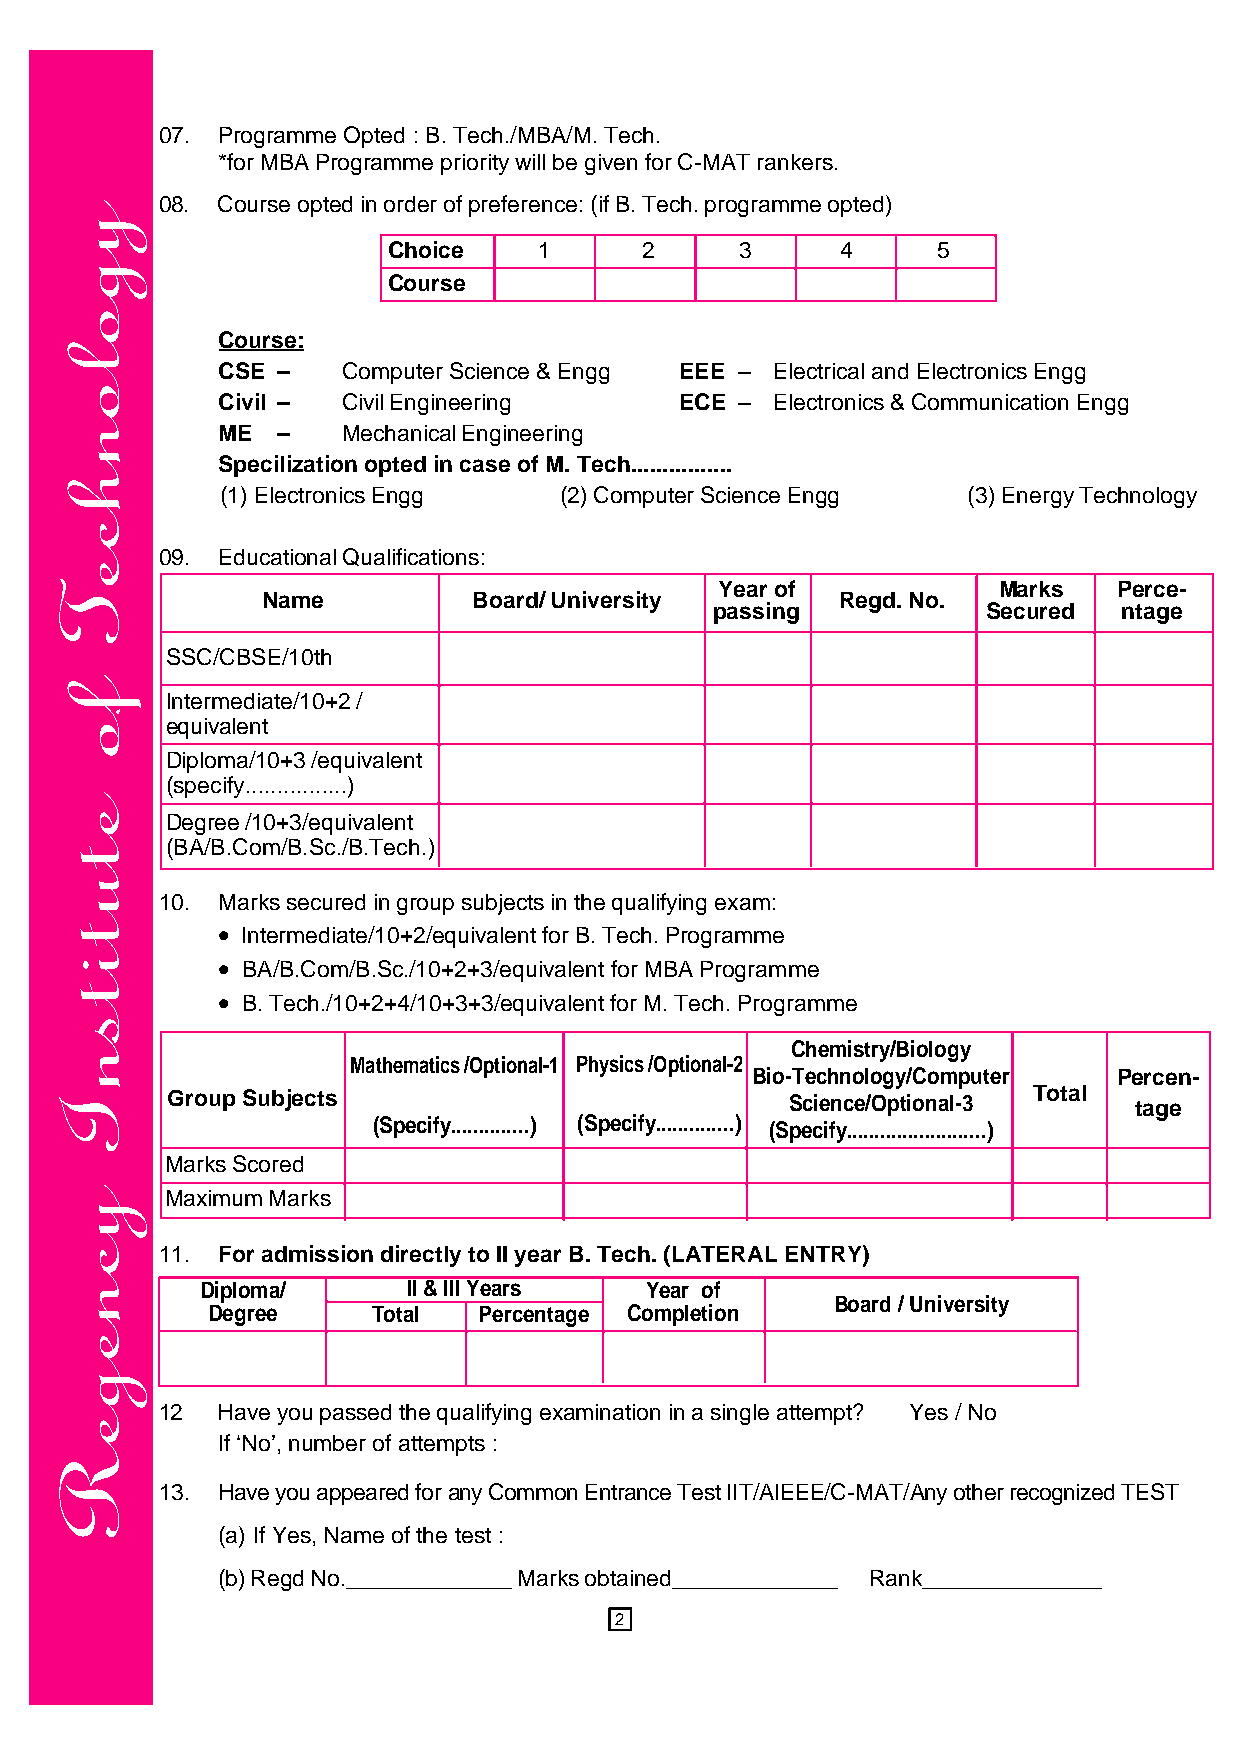
07. Programme Opted : B. Tech./MBA/M. Tech.
 *for MBA Programme priority will be given for C-MAT rankers.
 08. Course opted in order of preference: (if B. Tech. programme opted)
 Choice    1     2      3      4     5
 Course
 Course:
 CSE –    Computer Science & Engg EEE – Electrical and Electronics Engg
 Civil –  Civil Engineering     ECE – Electronics & Communication Engg
 ME  –    Mechanical Engineering
 Specilization opted in case of M. Tech................
 (1) Electronics Engg  (2) Computer Science Engg  (3) Energy Technology
 09. Educational Qualifications:
 Year of           Marks   Perce-
 Name          Board/ University        Regd. No.
 passing           Secured  ntage
 SSC/CBSE/10th
 Intermediate/10+2 /
 equivalent
 Diploma/10+3 /equivalent
 (specify................)
 Degree /10+3/equivalent
 (BA/B.Com/B.Sc./B.Tech.)
 10. Marks secured in group subjects in the qualifying exam:
 •
 Intermediate/10+2/equivalent for B. Tech. Programme
 •
 BA/B.Com/B.Sc./10+2+3/equivalent for MBA Programme
 •
 B. Tech./10+2+4/10+3+3/equivalent for M. Tech. Programme
 CChheemmiissttrryy//BBiioollooggyy
 Mathematics /Optional-1 Physics /Optional-2
 BBiioo--TTeecchhnnoollooggyy//CCoommppuutteerr Percen-
 Group Subjects                           SScciieennccee//OOppttiioonnaall--33 Total tage
 (Specify..............) (Specify..............) ((SSppeecciiffyy..................................................))
 Marks Scored
 Maximum Marks
 11. For admission directly to II year B. Tech. (LATERAL ENTRY)
 Diploma/      II & III Years  Year of
 Board / University
 Degree     Total  Percentage Completion
 12 Have you passed the qualifying examination in a single attempt? Yes / No
 If ‘No’, number of attempts :
 13. Have you appeared for any Common Entrance Test IIT/AIEEE/C-MAT/Any other recognized TEST
 (a) If Yes, Name of the test :
 (b) Regd No._____________ Marks obtained_____________ Rank______________
 2
 ygolonhceT
 fo
 etutitsnI
 ycnegeR